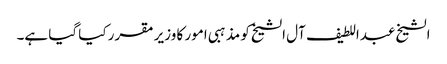
الشیخ عبداللطیف آل الشیخ کو مذہبی امور کا وزیر مقرر کیا گیا ہے۔